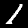
Label: 1